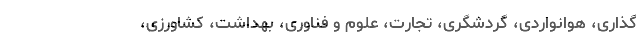
گذاری، هوانواردی، گردشگری، تجارت، علوم و فناوری، بهداشت، کشاورزی،